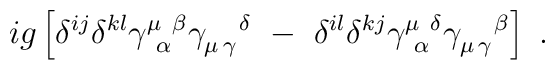
i g \left[ \delta^{ij} \delta^{kl} \gamma_{~\alpha}^{\mu ~\beta} \gamma_{\mu \, \gamma}^{~~~\delta} ~-~ \delta^{il} \delta^{kj} \gamma_{~\alpha}^{\mu~\delta} \gamma_{\mu \, \gamma}^{~~~\beta} \right] ~.